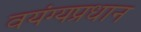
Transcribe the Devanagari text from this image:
वयंग्यप्रधान